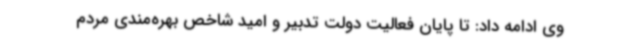
وی ادامه داد: تا پایان فعالیت دولت تدبیر و امید شاخص بهره‌مندی مردم